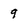
Character: 9